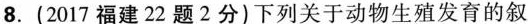
8. (2017福建22题2分)下列关于动物生殖发育的叙